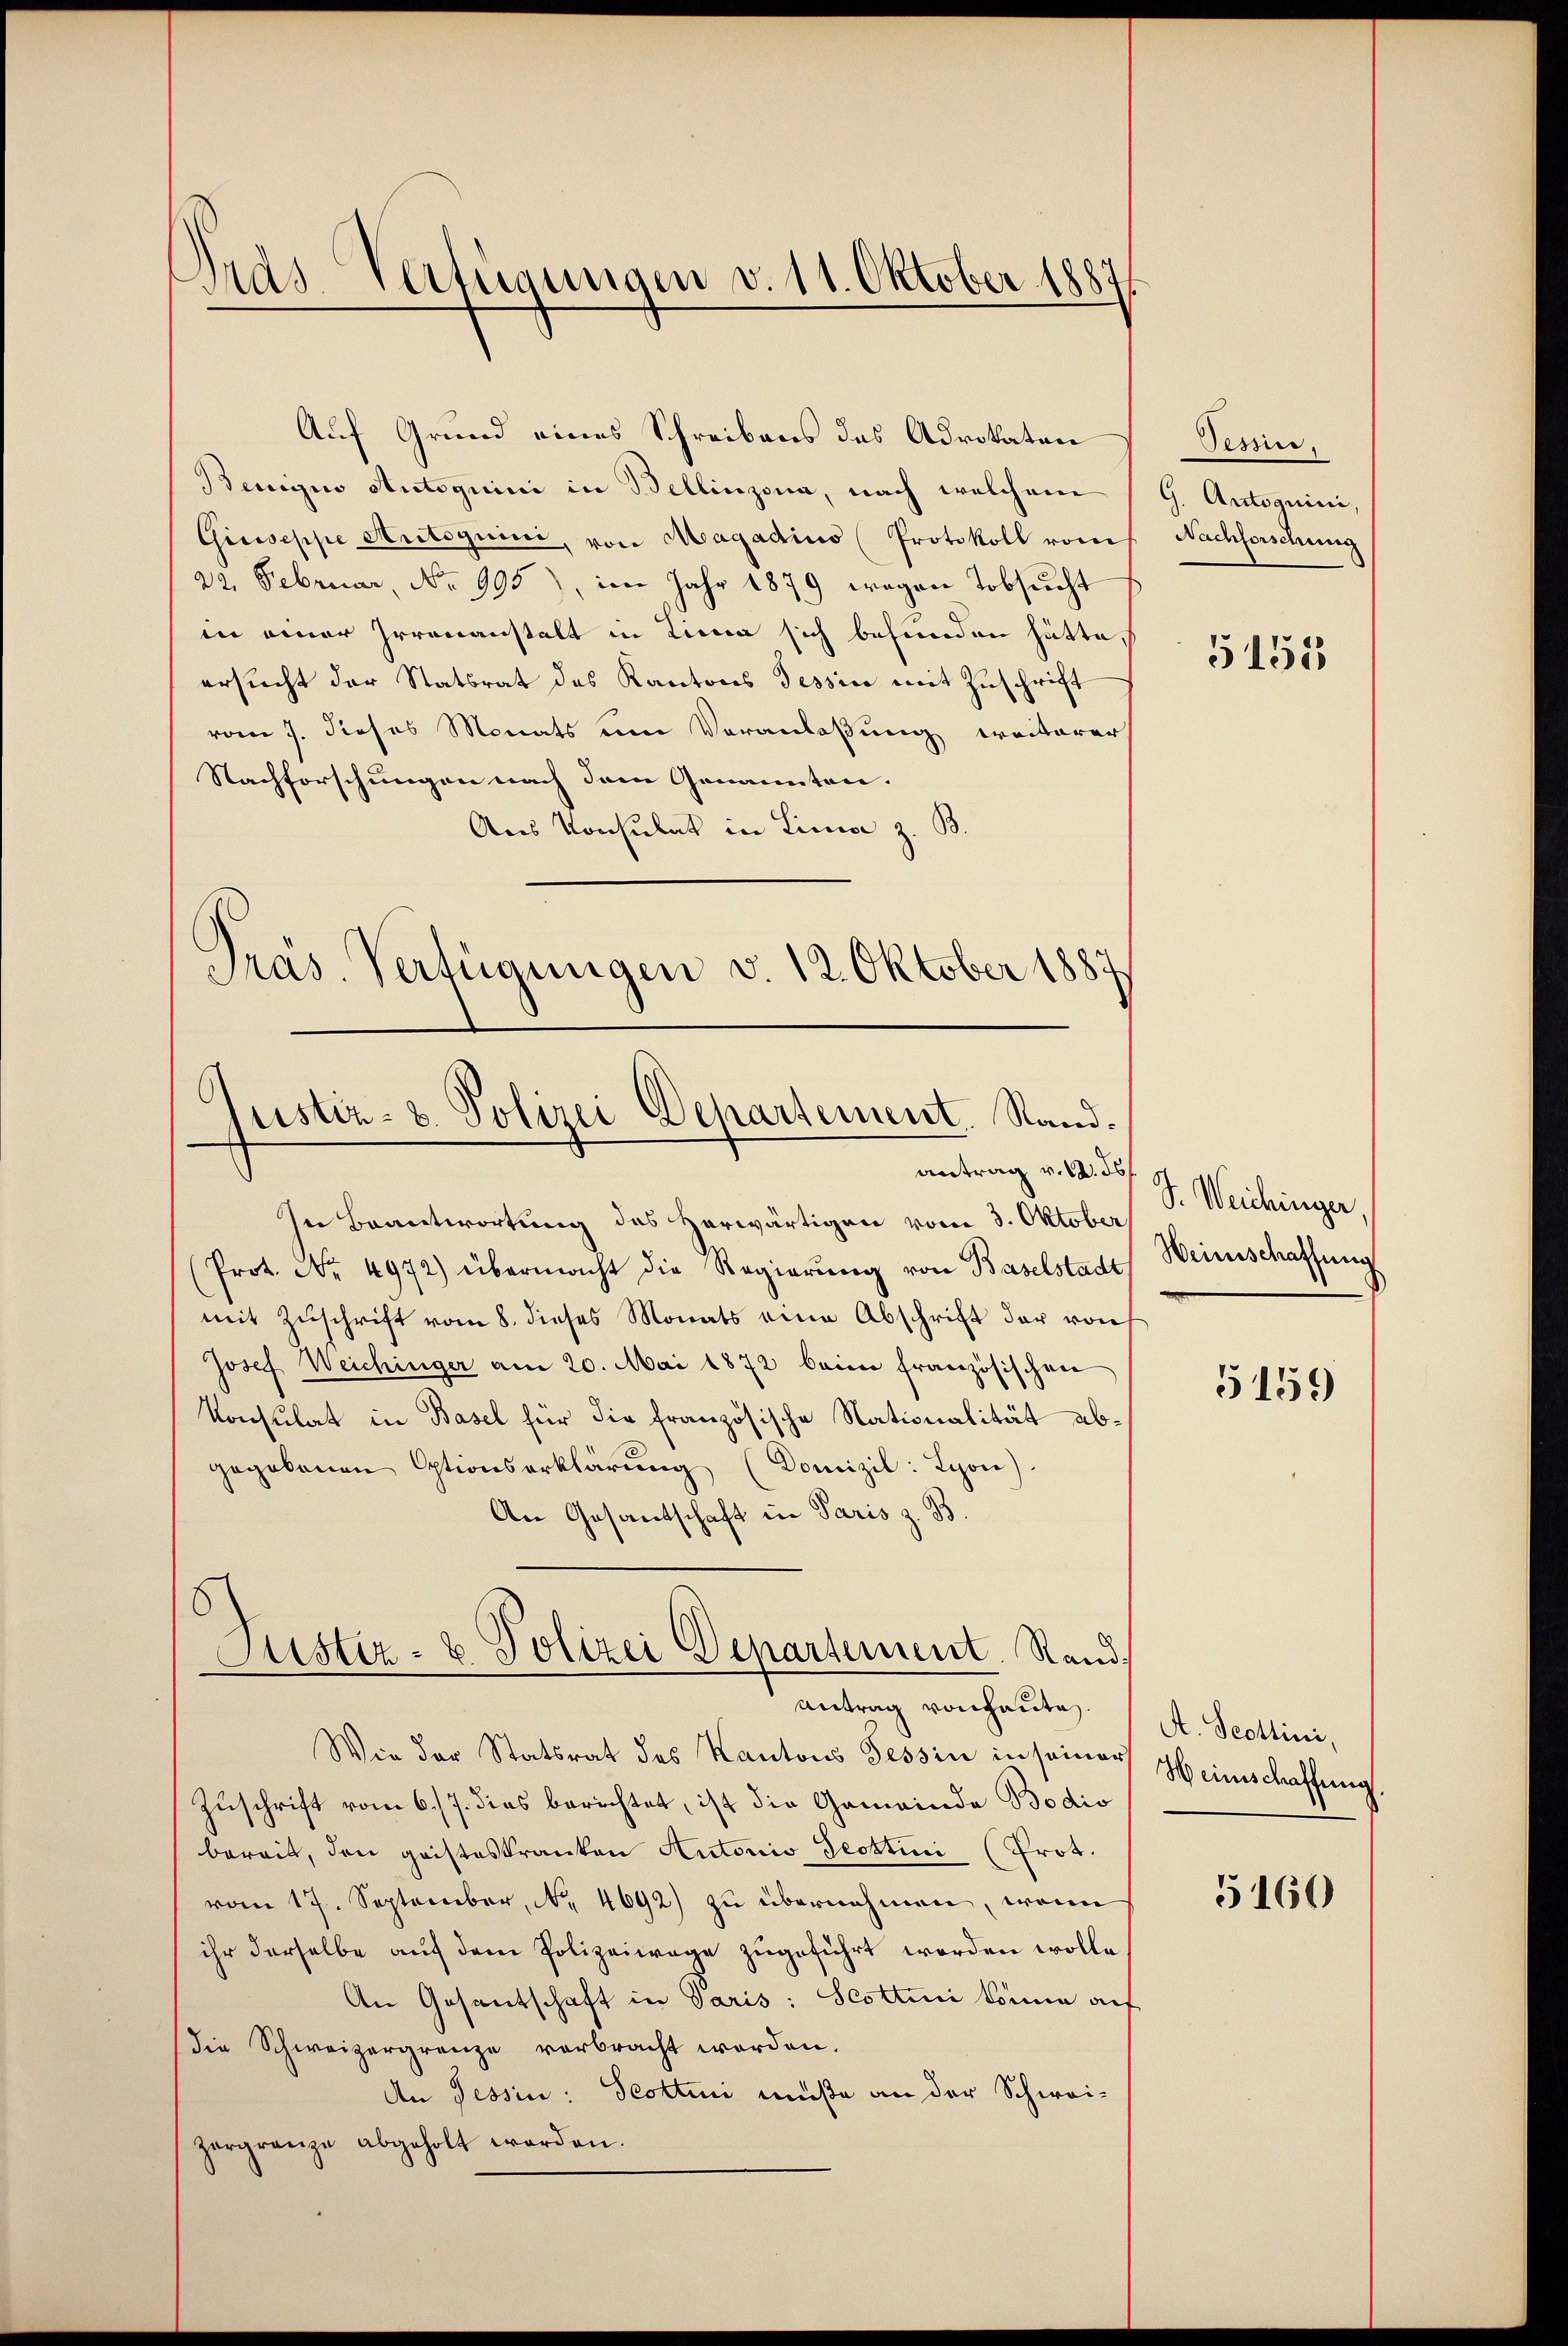
ersucht der Statsrat des Kantons Tessin mit Zuschrift
vom 7. dieses Monats um Veranlaßung weiterer
Nachforschungen nach dem Genannten.
Aus Konsulat in Linie z. B.
Pras Verfügungen v. 12. Oktober 1887

Ords-Verfügungen v. 11. Oktober 1881

ristiz- & Polizei Departement. Stand.
antrag v. M. d

Auf Grund eines Schreibens des Advokaten
Beniges Antoquini in Bellinzona, nach welchem
Giuseppe Autoguini, von Magadius (Protokoll vom
22. Februar No 995), im Jahr 1879 wegen Tobsucht
in einer Irrenanstalt in Lina sich befinden hätte,

In Beantwortung des herwärtigen vom 3. Oktober
(Prot. Nr. 4972) übermacht die Regierung von Baselstadt
mit Zuschrift vom 8. dieses Monats eine Abschrift der von
Josef Weichinger am 20. Mai 1872 beim französischen
Konsulat in Basel für die französische Nationalität abgegebenen Optionserklärŭng (Domizil: Lyon).
An Gesandschaft in Paris z. B.

Justiz- & Polizei Departement. Stand.
Antrag von heute.

Wie der Statsrat des Kantons Tessin in seiner Heimschaffung
Zuschrift vom 6./7. dies berichtet, ist die Gemeinde Bodis
bereit, den geisteskranken Autoris Geottini (Prot.
vom 17. September, No. 4692) zu übernehmen, wenn
ihr derselbe auf dem Polizeiwage zugeführt worden wolle.
An Gesantschaft in Paris: Scottini könne auf
die Schweizergrenze verbracht worden.
An Tessin: Scottini müße an der Schweizergränze abgeholt worden.

Tessin.
G. Antoguini,
Nachforschung

5155

S. Weichinger
Heinschaffung

5159

A. Scottini,

5160